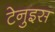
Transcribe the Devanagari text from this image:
टेनुइस